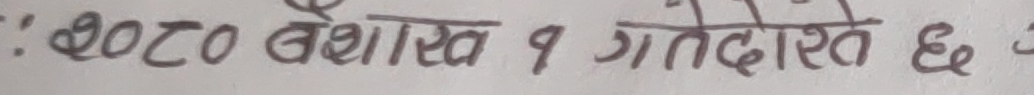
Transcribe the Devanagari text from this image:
': २०८० बैशाख १ गतेदेखि छ ।'